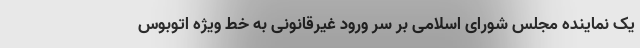
یک نماینده مجلس شورای اسلامی بر سر ورود غیرقانونی به خط ویژه اتوبوس